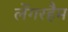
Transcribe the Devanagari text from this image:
लेंगरहैम